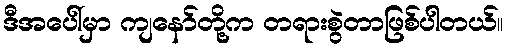
ဒီအပေါ်မှာ ကျနော်တို့က တရားစွဲတာဖြစ်ပါတယ်။